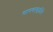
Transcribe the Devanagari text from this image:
मानवाकृतीचे